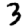
Digit: 3